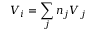
V _ { i } = \sum _ { j } n _ { j } V _ { j }